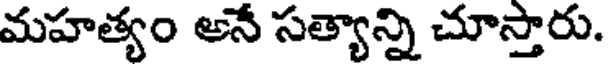
మహత్యం అనే సత్యాన్ని చూస్తారు.